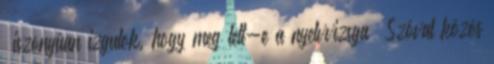
„iszonyúan izgulok, hogy meg lett-e a nyelvvizsga” Szóval közös